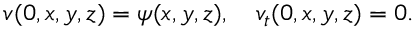
v ( 0 , x , y , z ) = \psi ( x , y , z ) , \quad v _ { t } ( 0 , x , y , z ) = 0 .